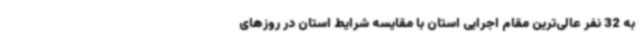
به 32 نفر عالی‌ترین مقام اجرایی استان با مقایسه شرایط استان در روزهای